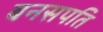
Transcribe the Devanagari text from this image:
बनसपति